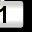
Digit: 1